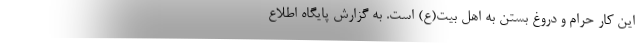
این کار حرام و دروغ بستن به اهل بیت(ع) است. به گزارش پایگاه اطلاع